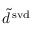
\tilde { d } ^ { \mathrm { \, s v d } }